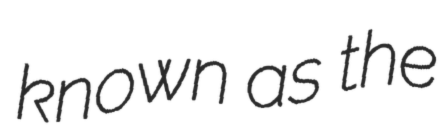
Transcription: known as the